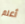
أعلم